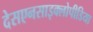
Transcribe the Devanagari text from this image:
देसएनसाइक्लोपीडिया